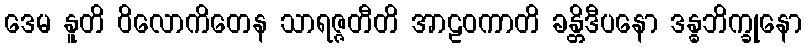
ဒေမ နူတိ ဝိလောကိတေန သာရဇ္ဇတီတိ အာဠဝကာတိ ခန္တိဒီပနော ဒန္ဓဘိက္ခုနော